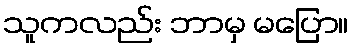
သူကလည်း ဘာမှ မပြော။